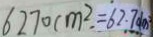
6 2 7 0 c m ^ { 2 } = 6 2 . 7 d m ^ { 2 }